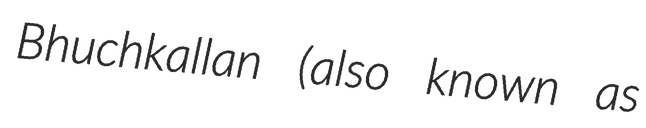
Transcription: Bhuchkallan (also known as